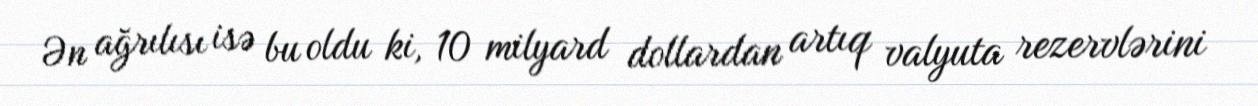
Ən ağrılısı isə bu oldu ki, 10 milyard dollardan artıq valyuta rezervlərini